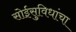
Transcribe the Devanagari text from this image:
सोईसुविधांचा